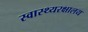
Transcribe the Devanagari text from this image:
स्वास्थ्यरक्षालय